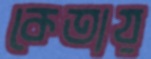
কেতায়